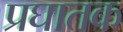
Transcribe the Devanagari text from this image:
प्रघातक